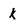
Character: k